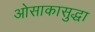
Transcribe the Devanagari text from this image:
ओसाकासुद्धा